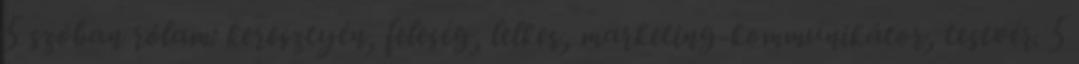
5 szóban rólam: keresztyén, feleség, lelkes, marketing-kommunikátor, testvér. 5